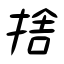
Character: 捨